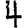
Digit: 4